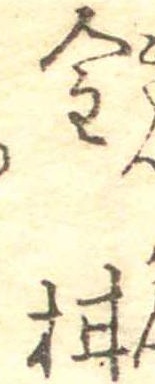
金柑